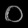
Digit: ၀